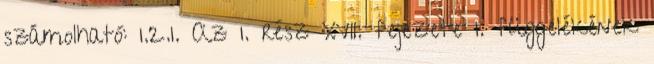
számolható: 1.2.1. Az 1. rész XVII. fejezete 1. függelékének